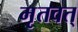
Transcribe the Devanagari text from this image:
मृतवत्